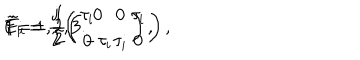
LaTeX: { \tilde { E } } _ { i } = \frac { \mathrm { j } } { 2 } \left( \begin{array} { c c } { { \tau _ { i } } } & { { 0 } } \\ { { 0 } } & { { \tau _ { i } } } \\ \end{array} \right) , \hspace { 6 m m } { \tilde { F } } _ { i } = \frac { 1 } { 2 } \left( \begin{array} { c c } { { 0 } } & { { \tau _ { i } } } \\ { { - \tau _ { i } } } & { { 0 } } \\ \end{array} \right) , \hspace { 5 m m } i = 1 , 2 , 3 .